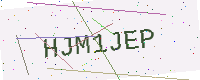
Text: HJM1JEP